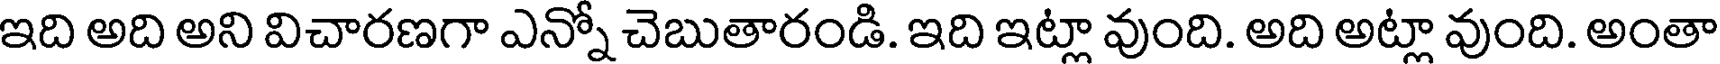
ఇది అది అని విచారణగా ఎన్నో చెబుతారండి. ఇది ఇట్లా వుంది. అది అట్లా వుంది. అంతా